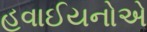
હવાઈયનોએ